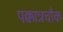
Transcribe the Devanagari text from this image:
पक्कान्नचौक